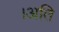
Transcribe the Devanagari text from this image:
।अति